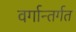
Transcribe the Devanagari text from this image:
वर्गान्तर्गत